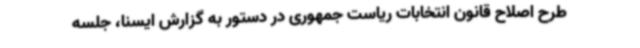
طرح اصلاح قانون انتخابات ریاست جمهوری در دستور به گزارش ایسنا، جلسه